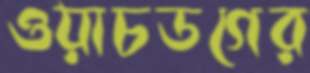
ওয়াচডগের